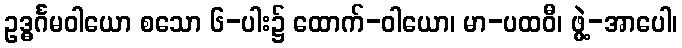
ဥဒ္ဓင်္ဂမဝါယော စသော ၆-ပါး၌ ထောက်-ဝါယော၊ မာ-ပထဝီ၊ ဖွဲ့-အာပေါ၊